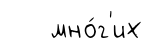
мно́г'их